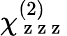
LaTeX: \chi_{\mathrm{~z~z~z~}}^{(2)}